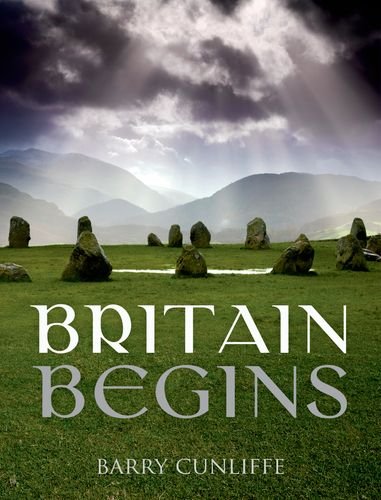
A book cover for Britain Begins; Barry Cunliffe; History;